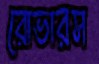
রোভারস